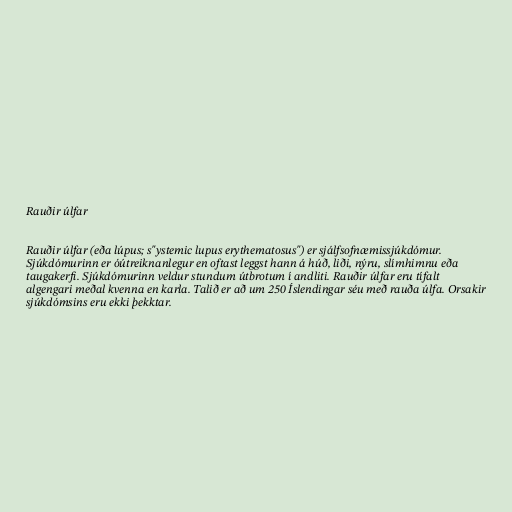
Rauðir úlfar

Rauðir úlfar (eða lúpus; s"ystemic lupus erythematosus") er sjálfsofnæmissjúkdómur.
Sjúkdómurinn er óútreiknanlegur en oftast leggst hann á húð, liði, nýru, slímhimnu eða
taugakerfi. Sjúkdómurinn veldur stundum útbrotum í andliti. Rauðir úlfar eru tífalt
algengari meðal kvenna en karla. Talið er að um 250 Íslendingar séu með rauða úlfa. Orsakir
sjúkdómsins eru ekki þekktar.